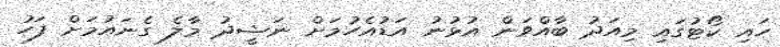
ހައި ކޯޓުގައި މިއަދު ބާއްވަން އުޅުނު އަޑުއެހުމަށް ނަޝީދު މާލެ ގެނައުމަށް ފަހު